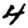
Digit: 4